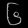
Digit: ၆